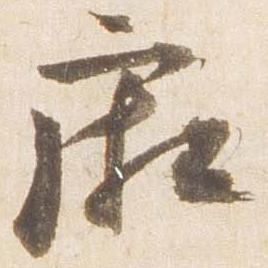
廂